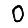
Digit: 0